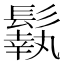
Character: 𩮿